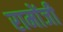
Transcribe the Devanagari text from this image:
रामोंजी